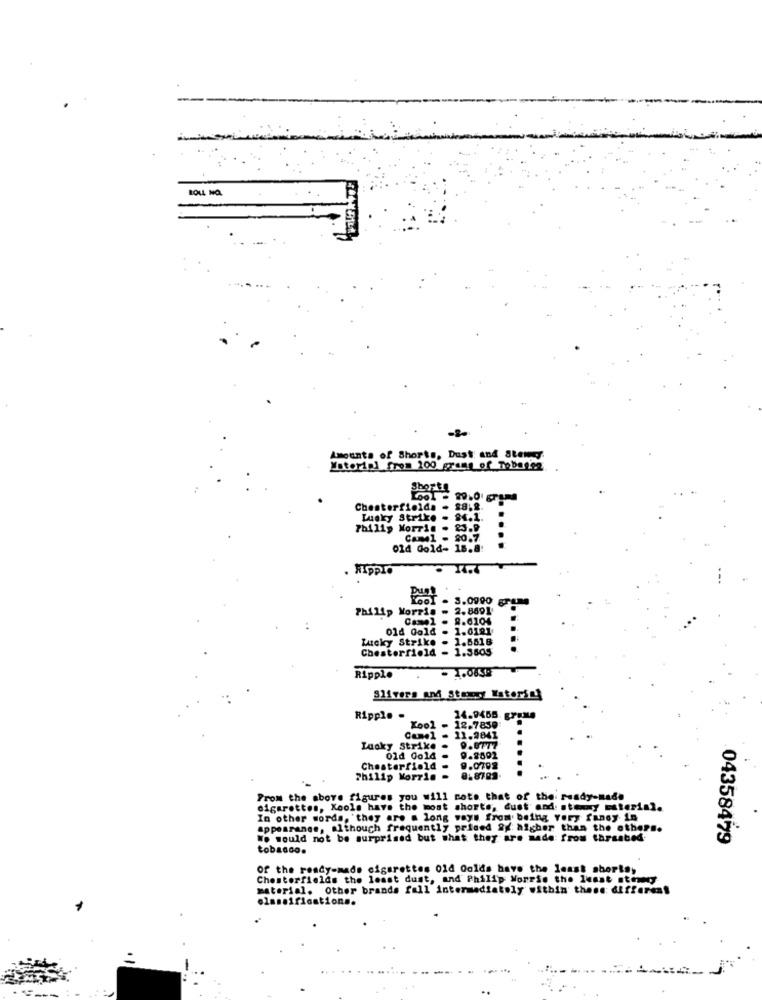
ROLL NO.
Amounts of Shorts, Dust and atener.
Motorini from 200 grass of Tobegge
Chesterfielda . 28.2.
Laky Strike - 84.1.
Philip Morris . 23.9
Carel - 20.7.
old Gold- 18.8:
HIPPLO
Philip Morris - 2.8691
Lucky Strike . 1.5518
Chesterfield - 1.3505
- 1.085%
Ripple
Slivers and Story Watersel
Ripple .
14.9455. grane
Kool - 12.7859:
- 11.2641
Laoky Strike . 9.8777
01d Gold
9.2692
Chesterfield
9.0792
philip Morris .
Prom the above figures you will note that of the ready-made
cigarettes, Kools have the most shorts, dust and stey steria].
In other words, 'they are a long ways from being very fancy in
appearance, although frequently prised &g higher than the other ..
We would not be surprised but what they are made from tarsabed.
04358479
tobacco.
of the ready-made cigarettes old Golds have the least shorts,
Chesterfields the least dust, and Philip Morris the least stomy
material. Other brands fall intermediately within thene differens
Ifications.